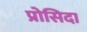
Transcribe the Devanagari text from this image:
प्रोसिदा